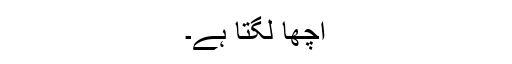
اچھا لگتا ہے۔